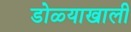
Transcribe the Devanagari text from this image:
डोळ्याखाली